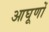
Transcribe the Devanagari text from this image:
आघूणों